Indian journal of veterinary science and animal husbandry - Volumes 24-25, 1954-1955
Year: 1954
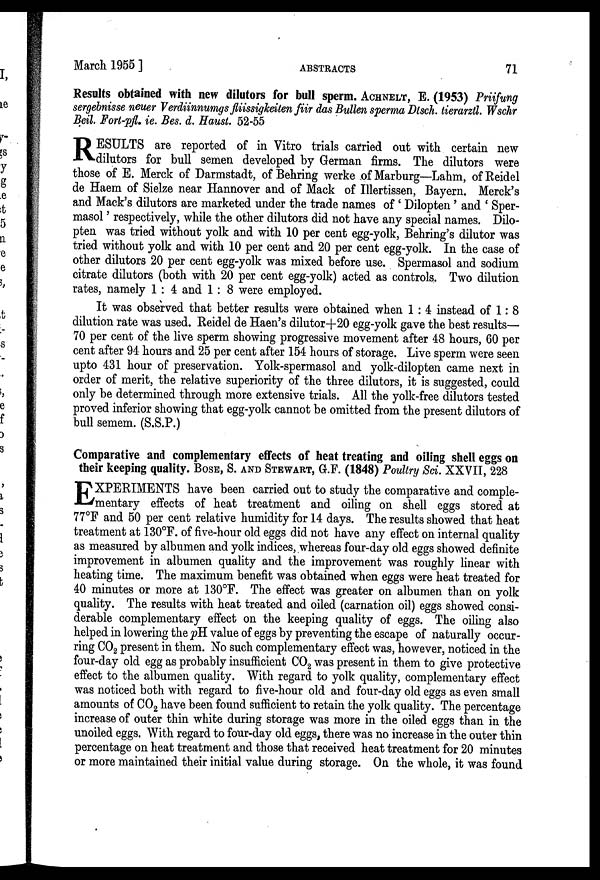
March 1955]
ABSTRACTS
71
Results obtained with new dilutors for bull sperm. ACHNELT, E. (1953) Priifung
sergebnisse neuer Verdiinnumgs fliissigkeiten fiir das Bullen sperma Disch. tierarztl. Wschr
Beil. Fort-pfl. ie. Bes. d. Haust. 52-55
R ESULTS are reported of in Vitro trials carried out with certain new
dilutors for bull semen developed by German firms. The dilutors were
those of E. Merck of Darmstadt, of Behring werke of Marburg—Lahm, of Reidel
de Haem of Sielze near Hannover and of Mack of Illertissen, Bayern. Merck's
and Mack's dilutors are marketed under the trade names of 'Dilopten ' and ' Sper-
masol' respectively, while the other dilutors did not have any special names. Dilo-
pten was tried without yolk and with 10 per cent egg-yolk, Behring's dilutor was
tried without yolk and with 10 per cent and 20 per cent egg-yolk. In the case of
other dilutors 20 per cent egg-yolk was mixed before use. Spermasol and sodium
citrate dilutors (both with 20 per cent egg-yolk) acted as controls. Two dilution
rates, namely 1 : 4 and 1 : 8 were employed.
It was observed that better results were obtained when 1 : 4 instead of 1 : 8
dilution rate was used. Reidel de Haen's dilutor+20 egg-yolk gave the best results—
70 per cent of the live sperm showing progressive movement after 48 hours, 60 per
cent after 94 hours and 25 per cent after 154 hours of storage. Live sperm were seen
upto 431 hour of preservation. Yolk-spermasol and yolk-dilopten came next in
order of merit, the relative superiority of the three dilutors, it is suggested, could
only be determined through more extensive trials. All the yolk-free dilutors tested
proved inferior showing that egg-yolk cannot be omitted from the present dilutors of
bull semem. (S.S.P.)
Comparative and complementary effects of heat treating and oiling shell eggs on
their keeping quality. BOSE, S. AND STEWART, G.F. (1848) Poultry Sci. XXVII, 228
E XPERIMENTS have been carried out to study the comparative and comple-
mentary effects of heat treatment and oiling on shell eggs stored at
77°F and 50 per cent relative humidity for 14 days. The results showed that heat
treatment at 130°F. of five-hour old eggs did not have any effect on internal quality
as measured by albumen and yolk indices, whereas four-day old eggs showed definite
improvement in albumen quality and the improvement was roughly linear with
heating time. The maximum benefit was obtained when eggs were heat treated for
40 minutes or more at 130°F. The effect was greater on albumen than on yolk
quality. The results with heat treated and oiled (carnation oil) eggs showed consi-
derable complementary effect on the keeping quality of eggs. The oiling also
helped in lowering the pH value of eggs by preventing the escape of naturally occur-
ring CO 2 present in them. No such complementary effect was, however, noticed in the
four-day old egg as probably insufficient CO 2 was present in them to give protective
effect to the albumen quality. With regard to yolk quality, complementary effect
was noticed both with regard to five-hour old and four-day old eggs as even small
amounts of CO 2 have been found sufficient to retain the yolk quality. The percentage
increase of outer thin white during storage was more in the oiled eggs than in the
unoiled eggs. With regard to four-day old eggs, there was no increase in the outer thin
percentage on heat treatment and those that received heat treatment for 20 minutes
or more maintained their initial value during storage. On the whole, it was found